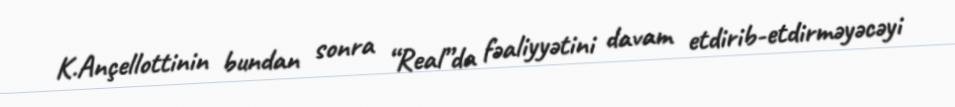
K.Ançellottinin bundan sonra “Real”da fəaliyyətini davam etdirib-etdirməyəcəyi